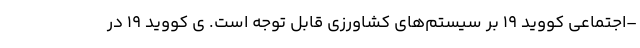
–اجتماعی کووید 19 بر سیستم‌های کشاورزی قابل توجه است. ی کووید 19 در